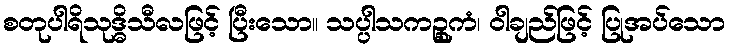
စတုပါရိသုဒ္ဓိသီလဖြင့် ပြီးသော။ သပ္ပါသကဉ္စုကံ၊ ဝါချည်ဖြင့် ပြုအပ်သော